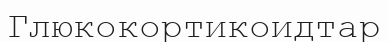
Глюкокортикоидтар